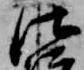
法